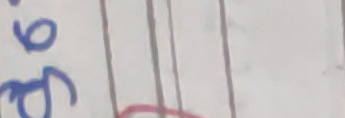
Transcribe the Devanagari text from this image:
७
१